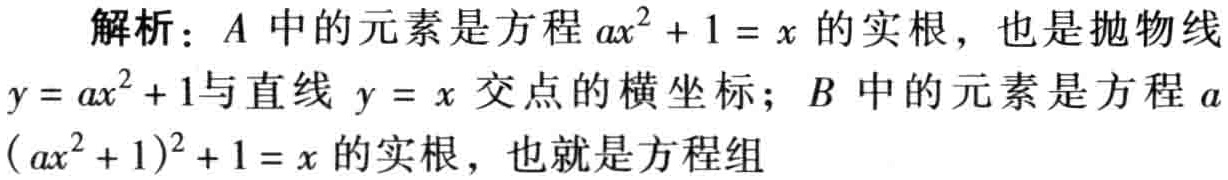
解析：\(A\)中的元素是方程\(ax^{2}+1 = x\)的实根，也是抛物线\(y = ax^{2}+1\)与直线\(y = x\)交点的横坐标；\(B\)中的元素是方程\(a(ax^{2}+1)^{2}+1 = x\)的实根，也就是方程组